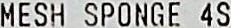
MESH SPONGE 4S